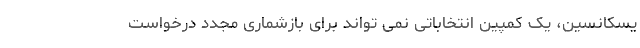
یسکانسین، یک کمپین انتخاباتی نمی تواند برای بازشماری مجدد درخواست